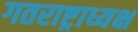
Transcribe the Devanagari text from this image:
गतराष्ट्राध्यक्ष